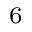
^ 6